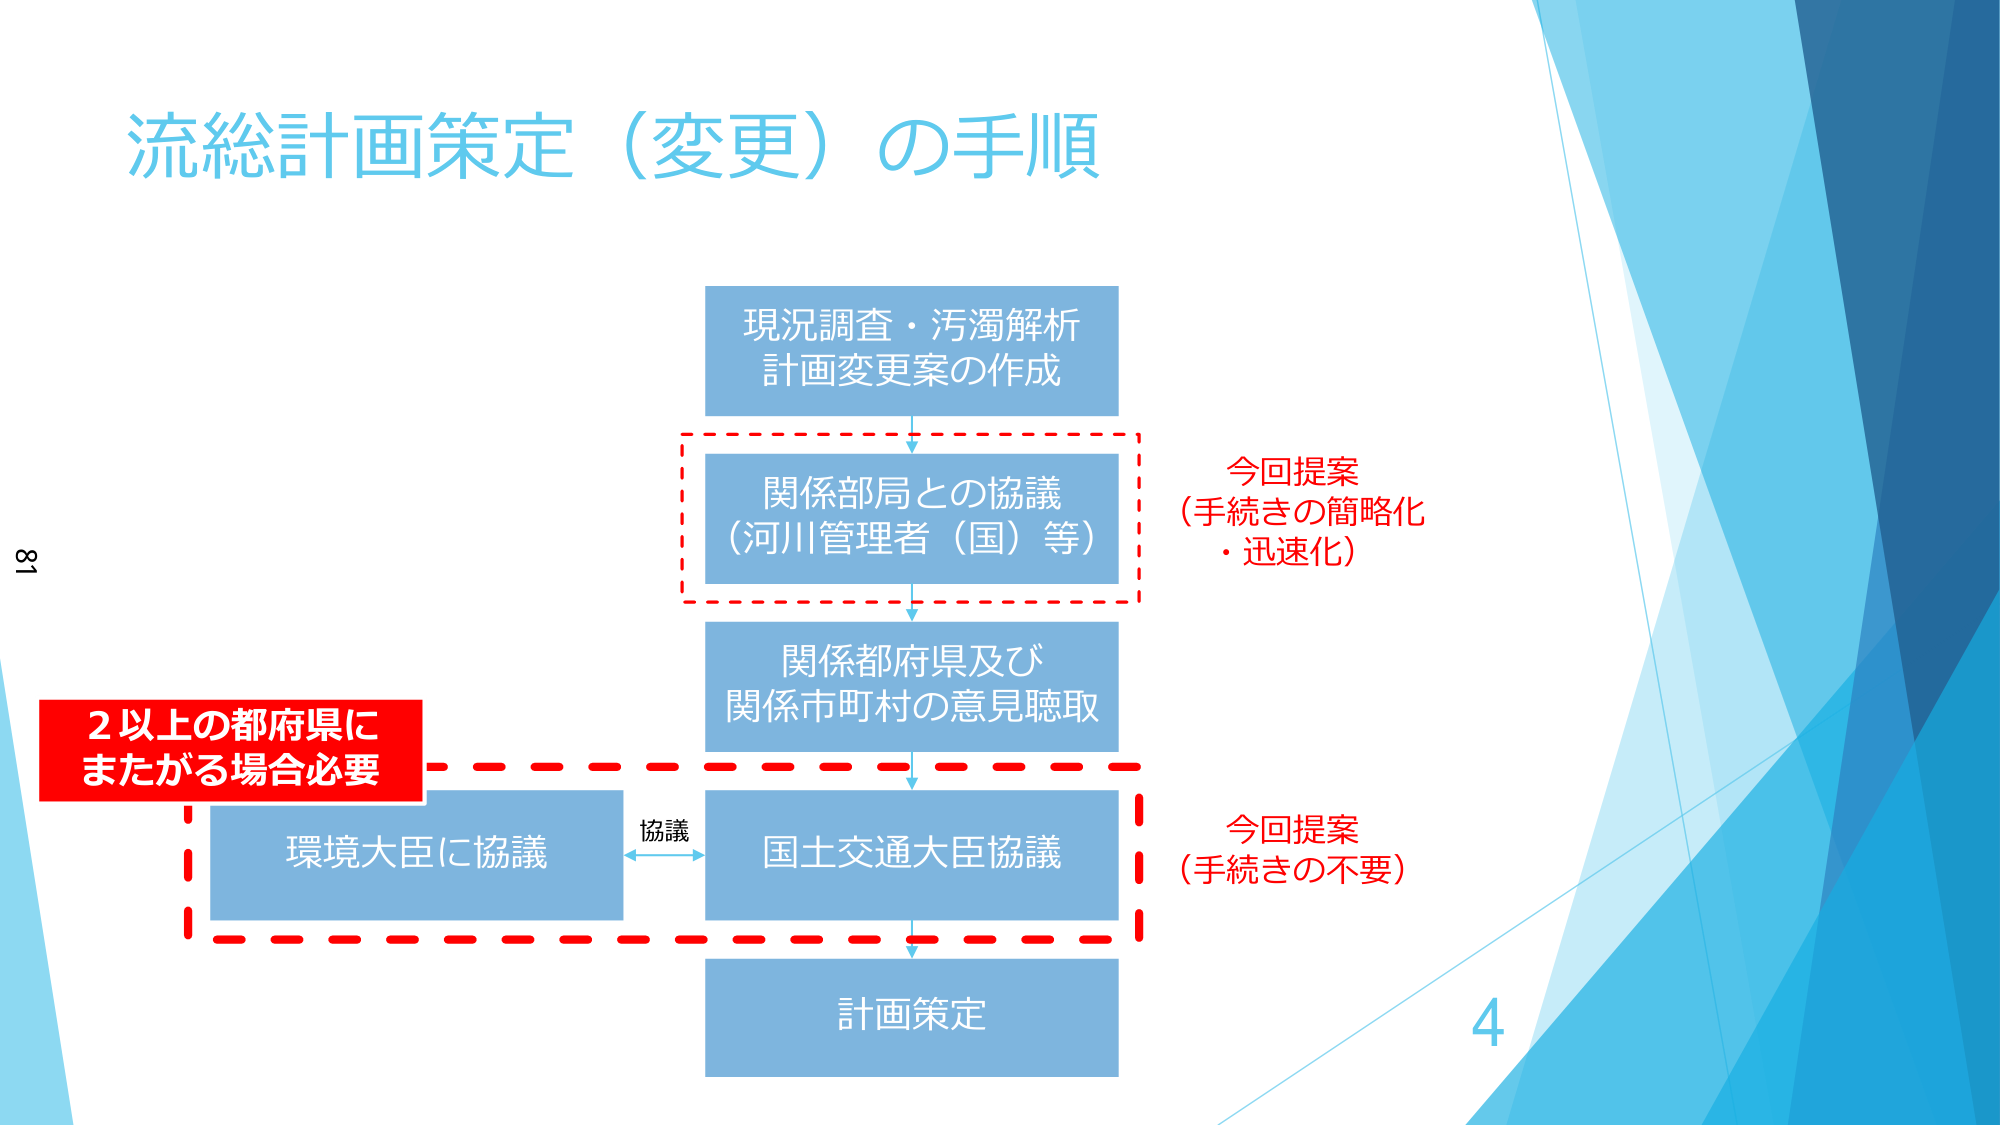
流総計画策定（変更）の手順

現況調査・汚濁解析
計画変更案の作成

関係部局との協議
（河川管理者（国）等）

関係都府県及び
関係市町村の意見聴取

環境大臣に協議

国土交通大臣協議

計画策定

2以上の都府県に
またがる場合必要

協議

今回提案
（手続きの簡略化
・迅速化）

今回提案
（手続きの不要）

81
4